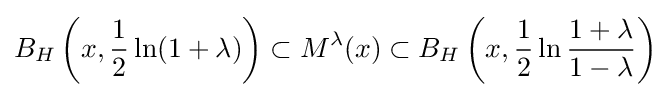
B_{H}\left(x,{\frac {1}{2}}\ln(1+\lambda )\right)\subset M^{\lambda }(x)\subset B_{H}\left(x,{\frac {1}{2}}\ln {\frac {1+\lambda }{1-\lambda }}\right)